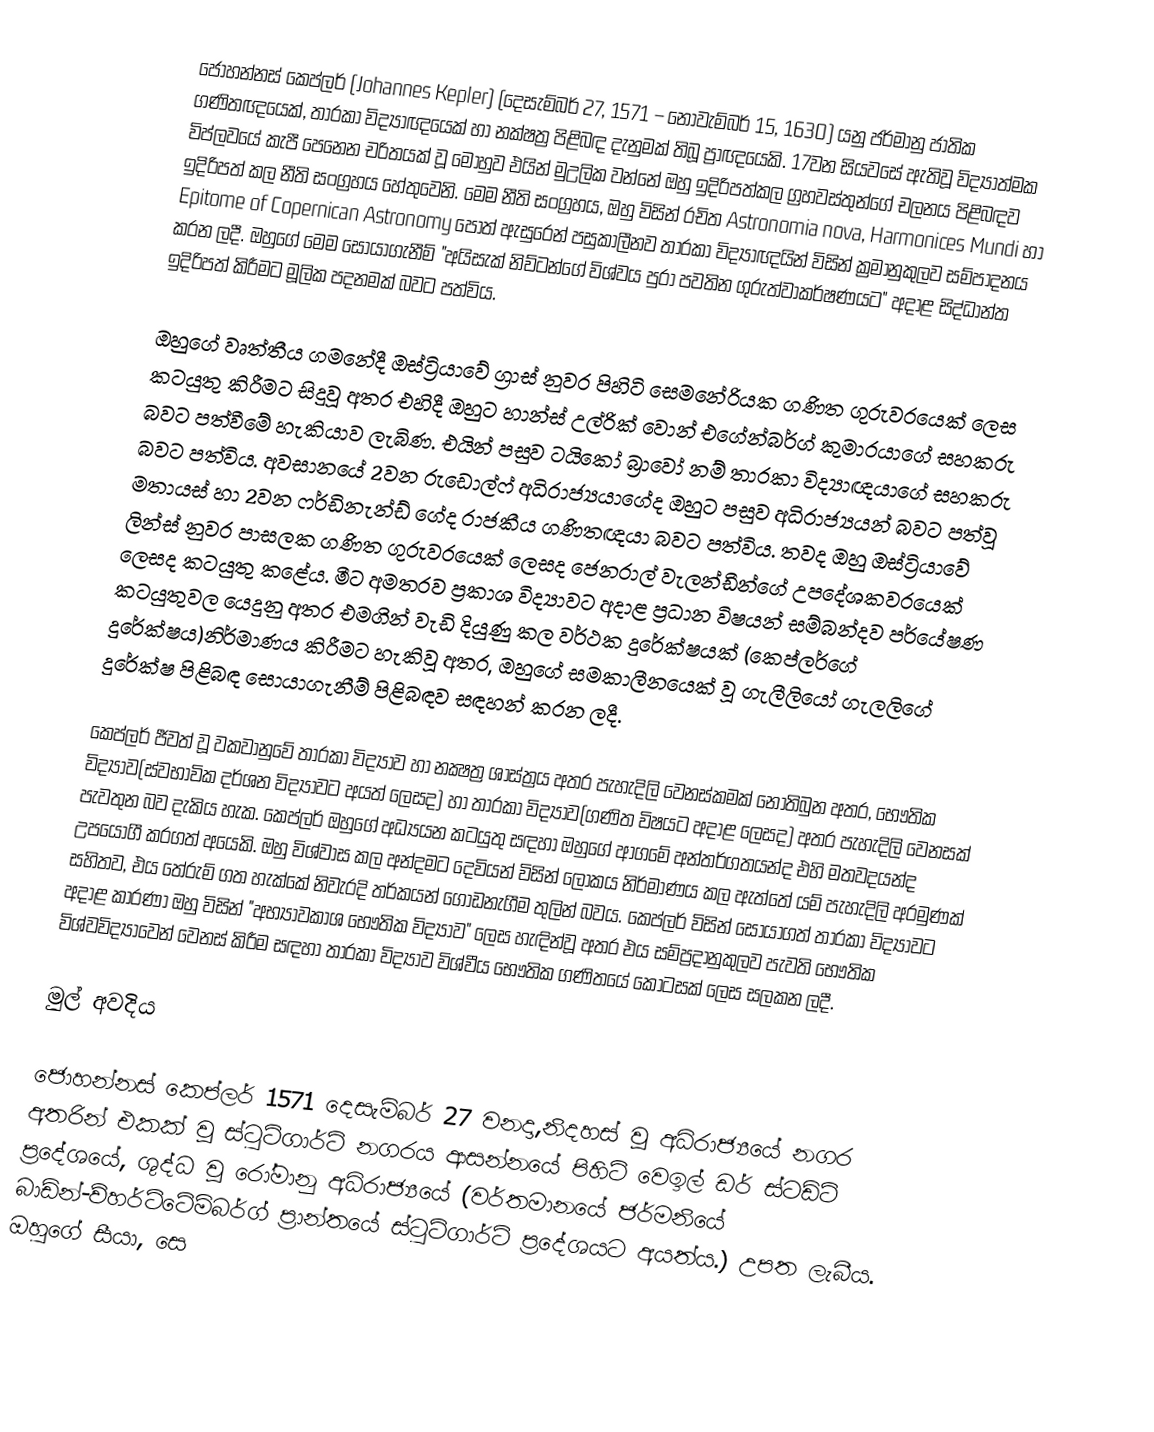
ජොහන්නස් කෙප්ලර් (Johannes Kepler) (දෙසැම්බර් 27, 1571 – නොවැම්බර් 15, 1630) යනු ජර්මානු ජාතික ගණිතඥයෙක්, තාරකා විද්‍යාඥයෙක් හා නක්ෂත්‍ර පිළිබඳ දැනුමක් තිබූ ප්‍රාඥයෙකි. 17වන සියවසේ ඇතිවූ විද්‍යාත්මක විප්ලවයේ කැපී පෙනෙන චරිතයක් වූ මොහුව එයින් මුඋලික වන්නේ ඔහු ඉදිරිපත්කල ග්‍රහවස්තුන්ගේ චලනය පිළිබඳව ඉදිරිපත් කල නීති සංග්‍රහය හේතුවෙනි. මෙම නීති සංග්‍රහය, ඔහු විසින් රචිත Astronomia nova, Harmonices Mundi හා Epitome of Copernican Astronomy පොත් ඇසුරෙන් පසුකාලීනව තාරකා විද්‍යාඥයින් විසින් ක්‍රමානුකුලව සම්පාදනය කරන ලදී. ඔහුගේ මෙම සොයාගැනීම් "අයිසැක් නිව්ටන්ගේ විශ්වය පුරා පවතින ගුරුත්වාකර්ෂණයට" අදාළ සිද්ධාන්ත ඉදිරිපත් කිරීමට මූලික පදනමක් බවට පත්විය.

ඔහුගේ වෘත්තීය ගමනේදී ඔස්ට්‍රියාවේ ග්‍රාස් නුවර පිහිටි සෙමනේරියක ගණිත ගුරුවරයෙක් ලෙස කටයුතු කිරීමට සිදුවූ අතර එහිදී ඔහුට හාන්ස් උල්රික් වොන් එගේන්බර්ග් කුමාරයාගේ සහකරු බවට පත්වීමේ හැකියාව ලැබිණ. එයින් පසුව ටයිකෝ බ්‍රාවෝ නම් තාරකා විද්‍යාඥයාගේ සහකරු බවට පත්විය. අවසානයේ 2වන රුඩොල්ෆ් අධිරාජ්‍යයාගේද ඔහුට පසුව අධිරාජ්‍යයන් බවට පත්වූ මතායස් හා 2වන ෆර්ඩිනැන්ඩ් ගේද රාජකීය ගණිතඥයා බවට පත්විය. තවද ඔහු ඔස්ට්‍රියාවේ ලින්ස් නුවර පාසලක ගණිත ගුරුවරයෙක් ලෙසද ජෙනරාල් වැලන්ඩීන්ගේ උපදේශකවරයෙක් ලෙසද කටයුතු කළේය. මීට අමතරව ප්‍රකාශ විද්‍යාවට අදාළ ප්‍රධාන විෂයන් සම්බන්දව පර්යේෂණ කටයුතුවල යෙදුනු අතර එමගින් වැඩි දියුණු කල වර්ථක දුරේක්ෂයක් (කෙප්ලර්ගේ දුරේක්ෂය)නිර්මාණය කිරීමට හැකිවූ අතර, ඔහුගේ සමකාලීනයෙක් වූ ගැලීලියෝ ගැලලිගේ දුරේක්ෂ පිළිබඳ සොයාගැනීම් පිළිබඳව සඳහන් කරන ලදී.

කෙප්ලර් ජීවත් වූ වකවානුවේ තාරකා විද්‍යාව හා නක්‍ෂත්‍ර ශාස්ත්‍රය අතර පැහැදිලි වෙනස්කමක් නොතිබුන අතර, භෞතික විද්‍යාව(ස්වභාවික දර්ශන විද්‍යාවට අයත් ලෙසද) හා තාරකා විද්‍යාව(ගණිත විෂයට අදාළ ලෙසද) අතර පැහැදිලි වෙනසක් පැවතුන බව දැකිය හැක. කෙප්ලර් ඔහුගේ අධ්‍යයන කටයුතු සඳහා ඔහුගේ ආගමේ අන්තර්ගතයන්ද එහි මතවදයන්ද උපයෝගී කරගත් අයෙකි. ඔහු විශ්වාස කල අන්දමට දෙවියන් විසින් ලෝකය නිර්මාණය කල ඇත්තේ යම් පැහැදිලි අරමුණක් සහිතව, එය තේරුම් ගත හැක්කේ  නිවැරදි තර්කයන් ගොඩනැගීම තුලින් බවය. කෙප්ලර් විසින් සොයාගත් තාරකා විද්‍යාවට අදාළ කාරණා ඔහු විසින් "අභ්‍යාවකාශ භෞතික විද්‍යාව" ලෙස හැඳින්වූ අතර එය සම්ප්‍රදානුකුලව පැවති භෞතික විශ්වවිද්‍යාවෙන් වෙනස් කිරීම සඳහා තාරකා විද්‍යාව විශ්වීය භෞතික ගණිතයේ කොටසක් ලෙස සලකන ලදී.

මුල් අවදිය

ජොහන්නස් කෙප්ලර් 1571 දෙසැම්බර් 27 වනදා,නිදහස් වූ අධිරාජ්‍යයේ නගර අතරින් එකක් වූ ස්ටුට්ගාර්ට් නගරය ආසන්නයේ පිහිටි වෙඉල් ඩර් ස්ටඩ්ට් ප්‍රදේශයේ, ශුද්ධ වූ රෝමානු අධිරාජ්‍යයේ (වර්තමානයේ ජර්මනියේ බාඩ්න්-ව්හර්ට්ටේම්බර්ග් ප්‍රාන්තයේ ස්ටුට්ගාර්ට් ප්‍රදේශයට අයත්ය.) උපත ලැබීය. ඔහුගේ සීයා, සෙ